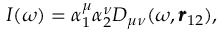
I ( \omega ) = \alpha _ { 1 } ^ { \mu } \alpha _ { 2 } ^ { \nu } D _ { \mu \nu } ( \omega , \pmb { r } _ { 1 2 } ) ,